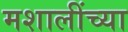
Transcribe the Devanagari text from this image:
मशालींच्या